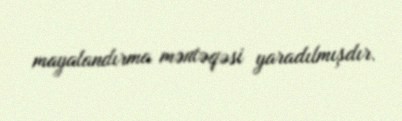
mayalandırma məntəqəsi yaradılmışdır.